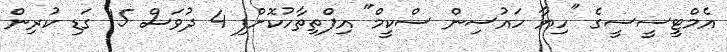
އެމްޓީސީސީގެ "ހިޔާ ހައުސިން ސްކީމް" އިފްތިތާހުކޮށްފި 4 ދުވަސް 15 ގަޑި ކުރިން